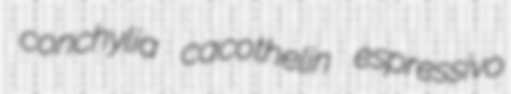
conchylia cacothelin espressivo